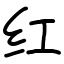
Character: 红